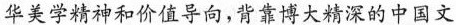
华美学精神和价值导向，背靠博大精深的中国文